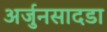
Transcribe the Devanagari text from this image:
अर्जुनसादडा